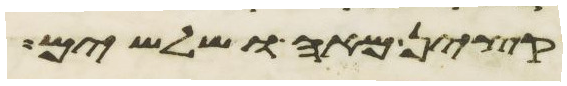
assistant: ופקדיו חמשה ושלשים